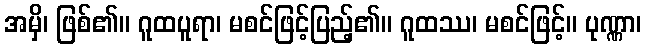
အမှိ၊ ဖြစ်၏။ ဂူထပူရာ၊ မစင်ဖြင့်ပြည့်၏။ ဂူထဿ၊ မစင်ဖြင့်။ ပုဏ္ဏာ၊